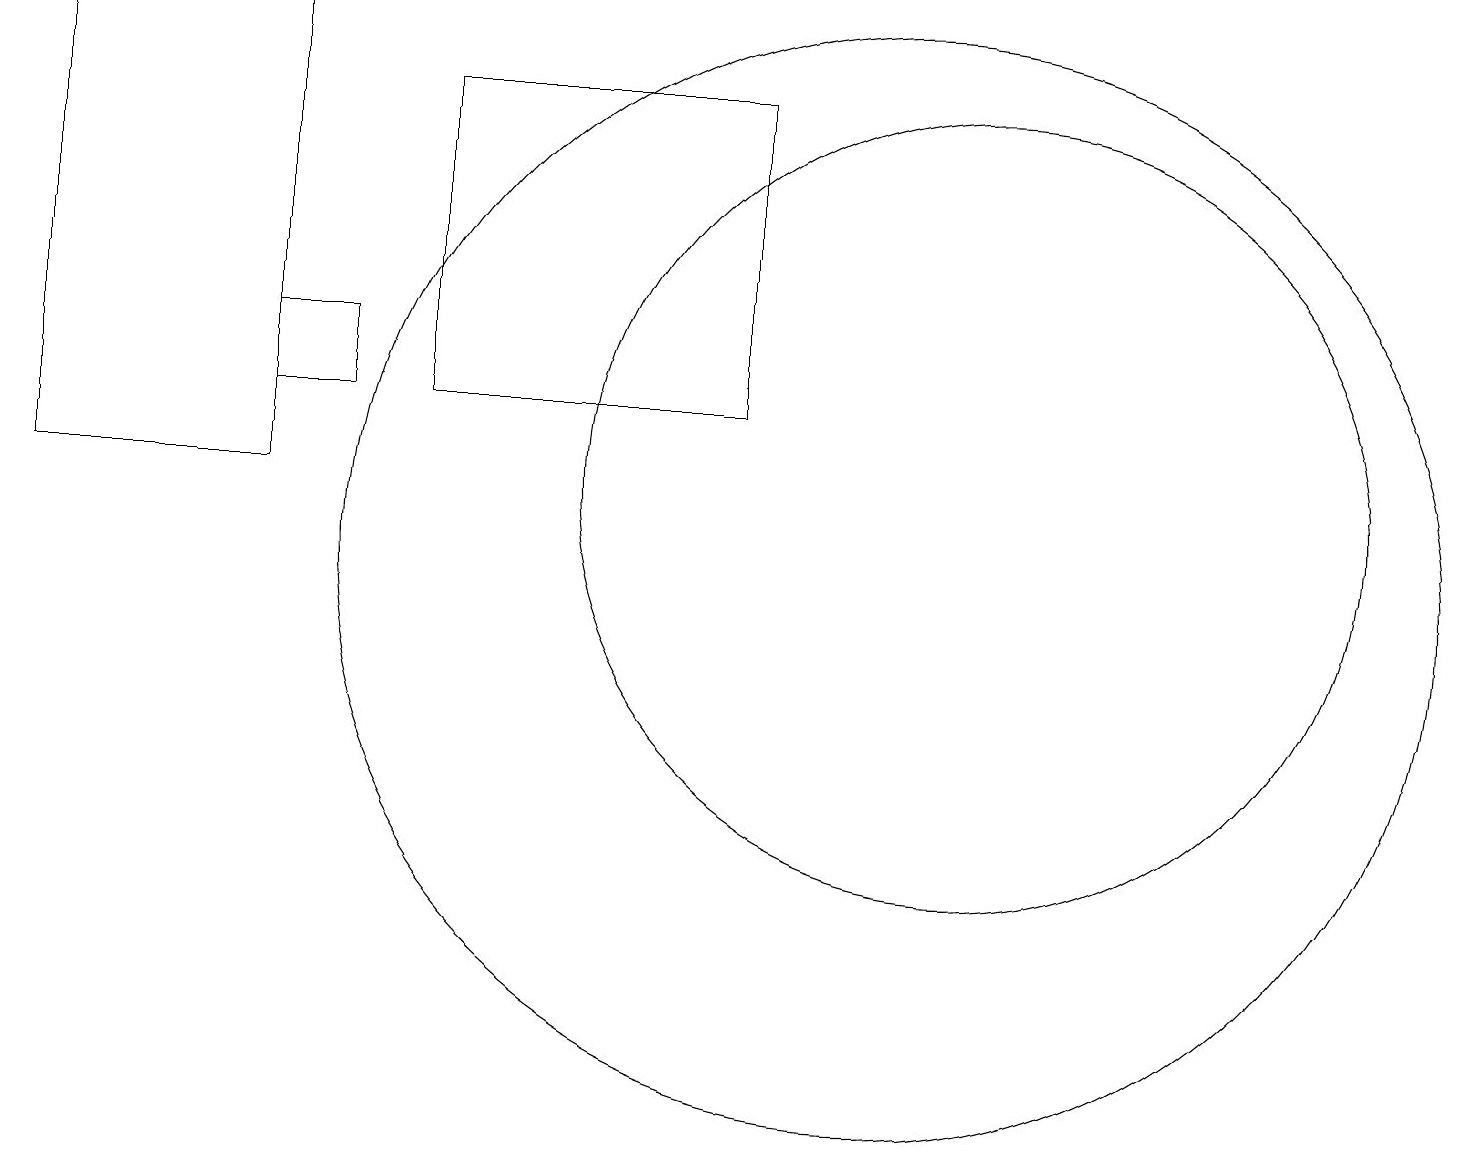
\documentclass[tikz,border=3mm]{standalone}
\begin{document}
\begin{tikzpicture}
\draw (11,11) circle (7);
\draw (10,10) circle (0);
\draw (3,12) rectangle (0,18);
\draw (12,12) circle (5);
\draw (3,14) rectangle (4,13);
\draw (9,13) rectangle (5,17);
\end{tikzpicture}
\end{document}